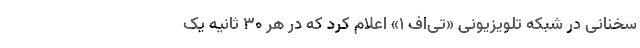
سخنانی در شبکه تلویزیونی «تی‌اف ۱» اعلام کرد که در هر ۳۰ ثانیه یک